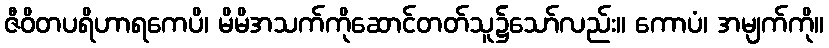
ဇီဝိတပရိဟာရကေပိ၊ မိမိအသက်ကိုဆောင်တတ်သူ၌သော်လည်း။ ကောပံ၊ အမျက်ကို။